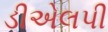
ડીએલપી